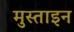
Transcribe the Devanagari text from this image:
मुस्ताइन